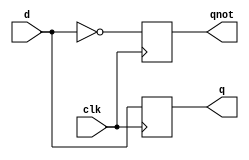
module dff ( output q, output qnot, input d, input clk ); \n\treg q, qnot; \n\t\n \tinitial begin\n\t\tq = 1'b0;\n\t\tqnot = 1'b1;\n\tend\n\talways @( posedge clk ) \n\tbegin \n \t   q <= d;  qnot <= ~d; \n\tend \nendmodule
module dff2(output q, output qnot, input d,\n\t\t\tinput clk, input preset, input clear);\n\treg q, qnot;\n\t\n\talways @(posedge clk or posedge clear or posedge preset)\n\t\tbegin\n\t\t\tif(clear)\n\t\t\t\tbegin\n\t\t\t\t\tq = 0;\n\t\t\t\t\tqnot = 1;\n\t\t\t\tend\n\t\t\telse if(preset)\n\t\t\t\tbegin\n\t\t\t\t\tq = 1;\n\t\t\t\t\tqnot = 0;\n\t\t\t\tend\n\t\t\telse if(d)\n\t\t\t\tbegin\n\t\t\t\t\tq <= 1;\n\t\t\t\t\tqnot <= 0;\n\t\t\t\tend\n\t\t\telse\n\t\t\t\tbegin\n\t\t\t\t\tq <= 0;\n\t\t\t\t\tqnot <= 1;\n\t\t\t\tend\n\t\tend\nendmodule
module jkff ( output q, output qnot,input j, input k, input clk, input preset , input clear ); \n\treg q, qnot;\n\n\talways @(posedge clk or posedge preset or posedge clear)\n\tbegin\n\t\tif(clear)\n\t\tbegin\n\t\t\tq = 0;\n\t\t\tqnot = 1;\n\t\tend\n\t\telse if(preset)\n\t\tbegin\n\t\t\tq = 1;\n\t\t\tqnot = 0;\n\t\tend\n\t\telse if ( j & ~k ) \n\t\tbegin \n\t\t\tq <= 1; qnot <= 0; \n\t\tend \n\t\telse if ( ~j & k ) \n\t\tbegin \n\t\t\tq <= 0; qnot <= 1; \n\t\tend \n\t\telse if ( j & k ) \n\t\tbegin \n\t\t\tq <= ~q; qnot <= ~qnot; \n\t\tend\n\tend\nendmodule
module srff ( output q, output qnot, input s, input r, input clk ); \n\treg q, qnot; \n\t \n\talways @( posedge clk ) \n\tbegin \n\t    if ( s & ~r ) \n\t     begin \n\t      q <= 1;   qnot <= 0; \n\t     end \n\t    else \n\t      if ( ~s & r ) \n\t       begin \n\t        q <= 0;   qnot <= 1; \n\t       end \n\t      else \n\t        if ( s & r ) \n\t         begin \n\t          q <= 0;   qnot <= 0; // arbitrary \n\t         end \n\tend \nendmodule
module tff (output q, output qnot, input t, input clk, input preset, input clear); \n\treg q, qnot; \n\n\talways @( posedge clk or posedge preset or posedge clear) \n\tbegin \n\t\tif (clear ) \n\t\tbegin \n\t\t\tq = 0; qnot = 1; \n\t\tend \n\t\telse if (preset) \n\t\tbegin \n\t\t\tq = 1; qnot = 0; \n\t\tend \n\t\telse \n\t\tbegin \n\t\t\tif ( t ) \n\t\t\tbegin \n\t\t\t\tq <= ~q; qnot <= ~qnot; \n\t\t\tend \n\t\tend \n\tend \nendmodule